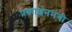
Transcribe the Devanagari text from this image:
प्रकाशनभंगी